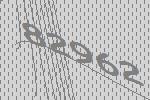
82962